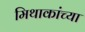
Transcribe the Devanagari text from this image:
मिथाकांच्या